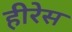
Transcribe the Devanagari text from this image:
हीरेस